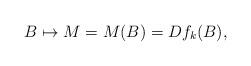
LaTeX: \begin{align*}B \mapsto M=M(B)=Df_k(B),\end{align*}